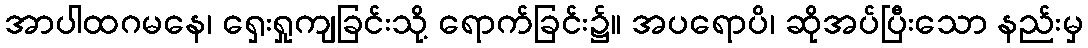
အာပါထဂမနေ၊ ရှေးရှုကျခြင်းသို့ ရောက်ခြင်း၌။ အပရောပိ၊ ဆိုအပ်ပြီးသော နည်းမှ